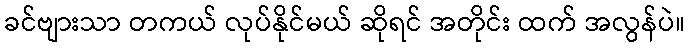
ခင်ဗျားသာ တကယ် လုပ်နိုင်မယ် ဆိုရင် အတိုင်း ထက် အလွန်ပဲ။